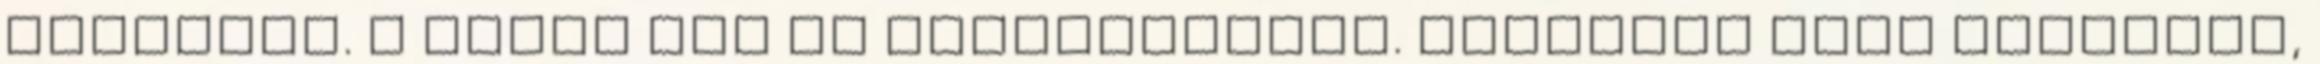
karjával. A ludak oda se hederítettek. Közelebb ment hozzájuk,